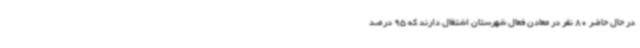
در حال حاضر 80 نفر در معادن فعال شهرستان اشتغال دارند که 95 درصد